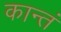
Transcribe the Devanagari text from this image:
कान्तं